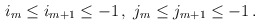
\begin{align*}i_m \leq i_{m+1} \leq -1\,,\;j_m \leq j_{m+1} \leq -1\,.\end{align*}